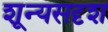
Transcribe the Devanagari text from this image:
शून्यसदृश